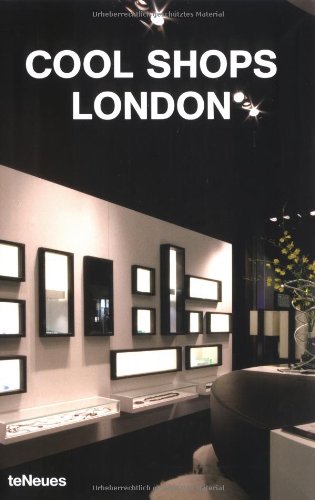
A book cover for Cool Shops London; Travel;